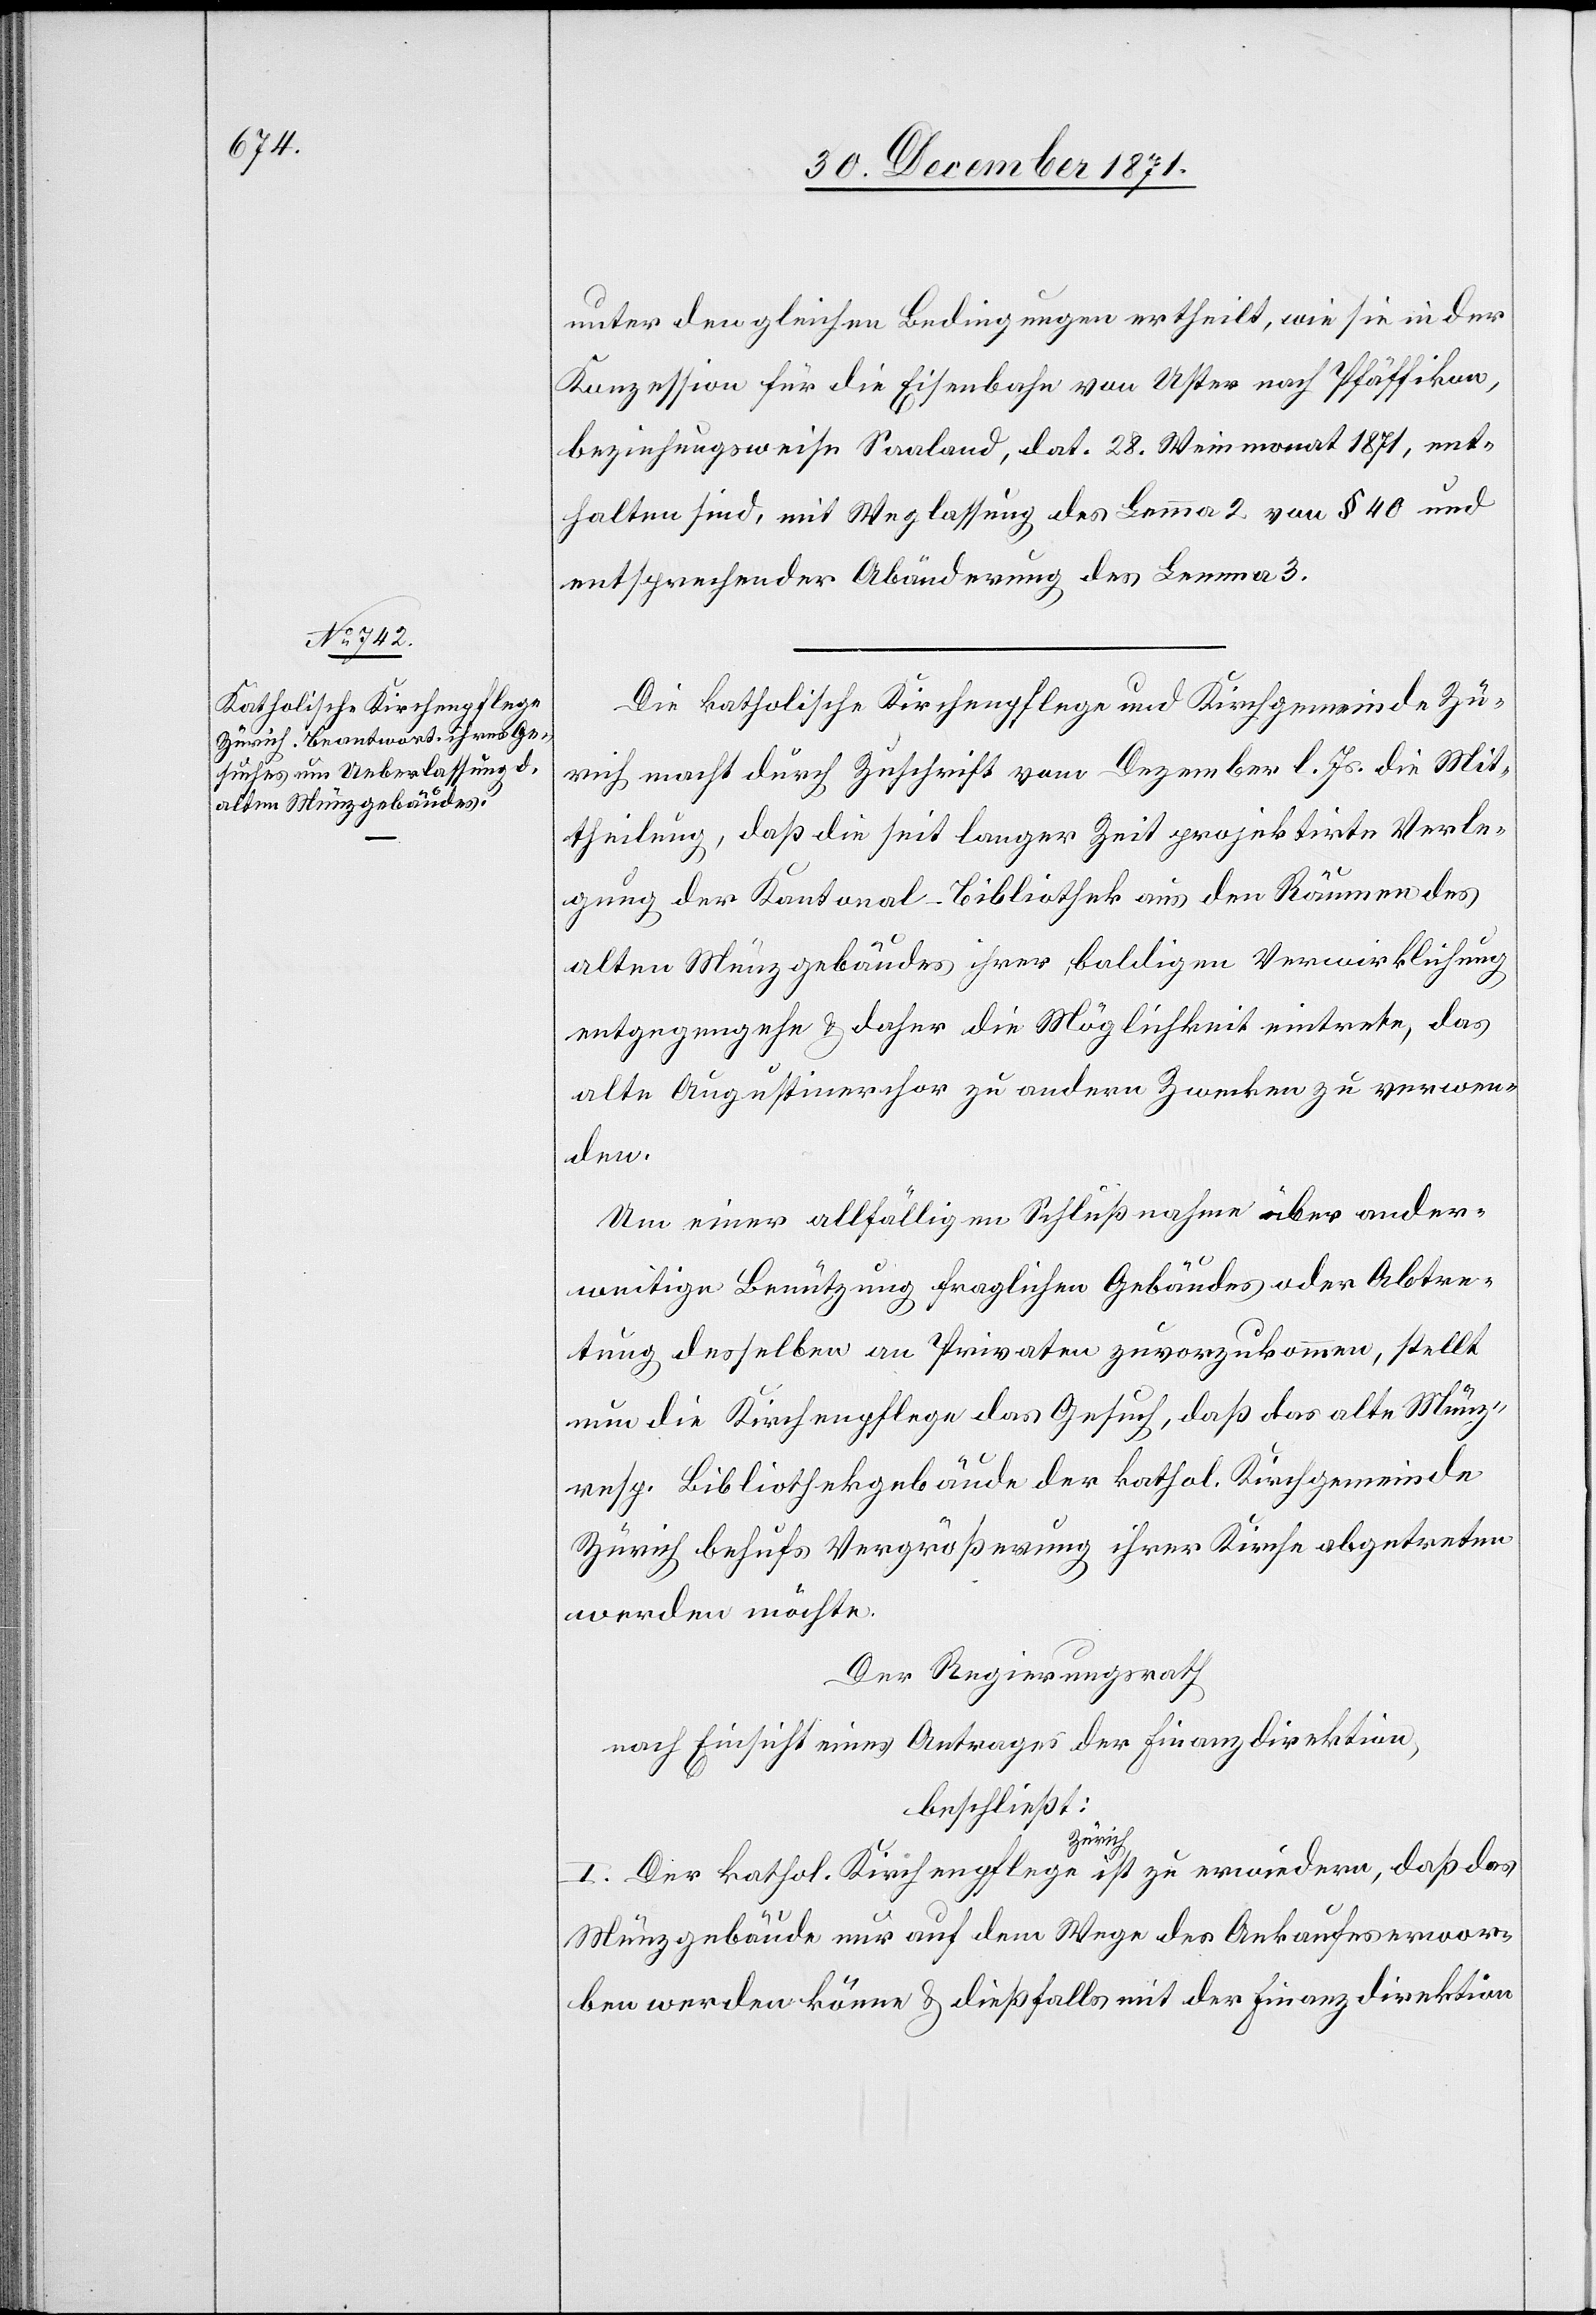
unter den gleichen Bedingungen ertheilt, wie sie in der
Konzession für die Eisenbahn von Uster nach Pfäffikon,
beziehungsweise Saaland, dat. 28. Weinmonat 1871, ent¬
halten sind, mit Weglassung des Lemma 2 von § 40 und
entsprechender Abänderung des Lemma 3.
Die katholische Kirchenpflege und Kirchgemeinde Zü¬
rich macht durch Zuschrift vom Dezember l. Js. die Mit¬
theilung, daß die seit langer Zeit projektirte Verle¬
gung der Kantonal-Bibliothek aus den Räumen des
alten Münzgebäudes ihrer baldigen Verwirklichung
entgegengehe & daher die Möglichkeit eintrete, das
alte Augustinerchor zu anderen Zwecken zu verwen¬
den.
Um einer allfälligen Schlußnahme über ander¬
weitige Benützung fraglichen Gebäudes oder Abtre¬
tung desselben an Privaten zuvorzukommen, stellt
nun die Kirchenpflege das Gesuch, daß das alte Münz-
resp. Bibliothekgebäude der kath. Kirchgemeinde
Zürich behufs Vergrößerung ihrer Kirche abgetreten
werden möchte.
Der Regierungsrath
nach Einsicht eines Antrages der Finanzdirektion,
beschließt:
I. Der kathol. Kirchenpflege Zürich ist zu erwiedern, daß das
Münzegebäude nur auf dem Wege des Ankaufs erwor¬
ben werden könne & dießfalls mit der Finanzdirektion